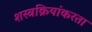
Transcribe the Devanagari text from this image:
शस्त्रक्रियांकरता